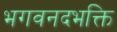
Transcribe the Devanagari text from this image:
भगवनदभक्ति